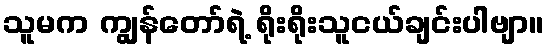
သူမက ကျွန်တော်ရဲ့ ရိုးရိုးသူငယ်ချင်းပါဗျာ။